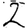
Digit: 2